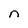
Character: n